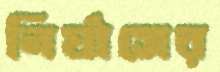
নির্যাসের